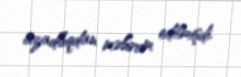
azadlıqdan məhrum edilmişdi.